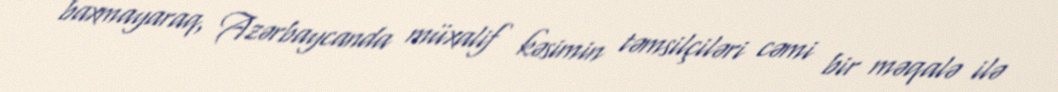
baxmayaraq, Azərbaycanda müxalif kəsimin təmsilçiləri cəmi bir məqalə ilə